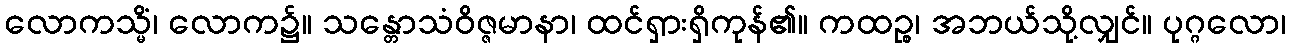
လောကသ္မိံ၊ လောက၌။ သန္တောသံဝိဇ္ဇမာနာ၊ ထင်ရှားရှိကုန်၏။ ကထဉ္စ၊ အဘယ်သို့လျှင်။ ပုဂ္ဂလော၊